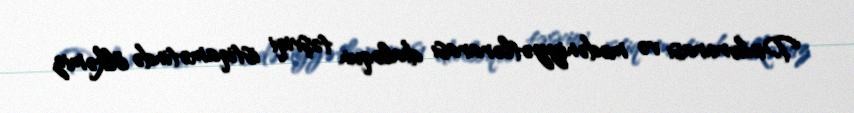
Dinlərarası və mədəniyyətlərarası dialoqun təşviqi istiqamətində ölkəmiz